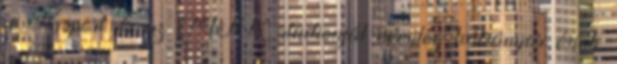
a Kispest és az MTK stadionját némileg hátrányos érinti